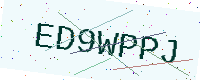
Text: ED9WPPJ